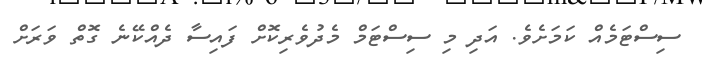
ސިސްޓަމެއް ކަމަށެވެ. އަދި މި ސިސްޓަމް މެދުވެރިކޮށް ފައިސާ ދެއްކޭނެ ގޮތް ވަރަށް